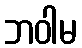
ဘဝါမ